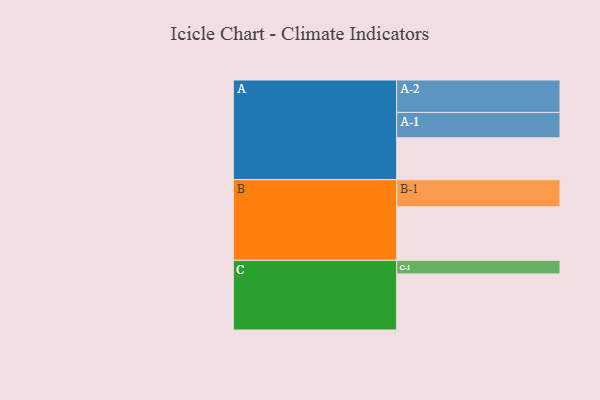
{"axis": {"x": "Segment", "y": "Value"}, "legend": ["", "A", "B", "C"], "data": [{"x": "A", "y": 377, "type": ""}, {"x": "B", "y": 482, "type": ""}, {"x": "C", "y": 505, "type": ""}, {"x": "A-1", "y": 229, "type": "A"}, {"x": "A-2", "y": 292, "type": "A"}, {"x": "B-1", "y": 245, "type": "B"}, {"x": "C-1", "y": 123, "type": "C"}]}